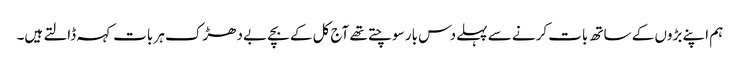
ہم اپنے بڑوں کے ساتھ بات کرنے سے پہلے دس بار سوچتے تھے آج کل کے بچے بے دھڑک ہر بات کہہ ڈالتے ہیں۔